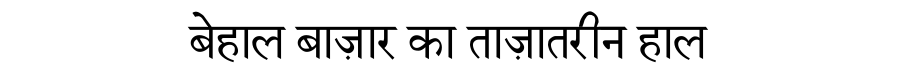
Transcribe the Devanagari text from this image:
बेहाल बाज़ार का ताज़ातरीन हाल